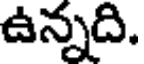
ఉన్నది.